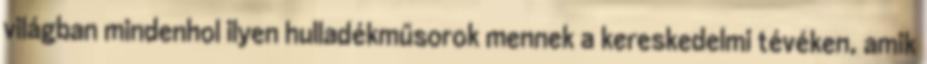
világban mindenhol ilyen hulladékműsorok mennek a kereskedelmi tévéken, amik